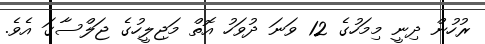
ރުހުން ދިނީ މިމަހުގެ 12 ވަނަ ދުވަހު އޮތް މަޖިލީހުގެ ޖަލްސާގަ އެވެ.